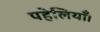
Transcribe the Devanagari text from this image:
पहेलियाँ।